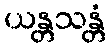
ယန္တသန္တံ